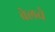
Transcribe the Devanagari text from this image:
बेलचे